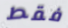
فقط